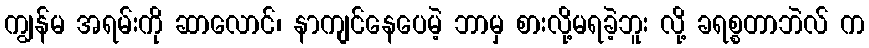
ကျွန်မ အရမ်းကို ဆာလောင်၊ နာကျင်နေပေမဲ့ ဘာမှ စားလို့မရခဲ့ဘူး လို့ ခရစ္စတာဘဲလ် က